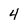
Character: 4